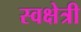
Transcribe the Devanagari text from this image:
स्वक्षेत्री